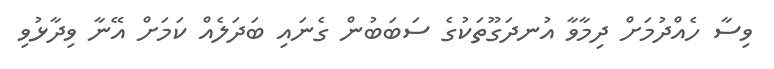
ވިސާ ހެއްދުމަށް ދިމާވާ އުނދަގޫތަކުގެ ސަބަބުން ގެނައި ބަދަލެއް ކަމަށް އޭނާ ވިދާޅުވި